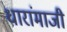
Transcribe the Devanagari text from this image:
धारांमाजी